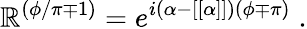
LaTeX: {\cal\mathbb{R}}^{(\phi/\pi\mp1)}=e^{i(\alpha-[[\alpha]])(\phi\mp\pi)}\; .